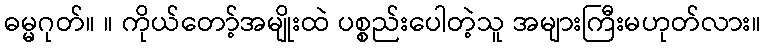
ဓမ္မဂုတ်။ ။ ကိုယ်တော့်အမျိုးထဲ ပစ္စည်းပေါတဲ့သူ အများကြီးမဟုတ်လား။